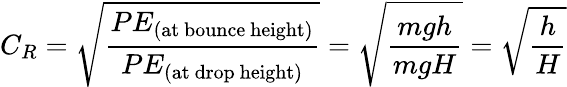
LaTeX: C_{R}={\sqrt{\frac{PE_{\mathrm{(at~bounce~height)}}}{PE_{\mathrm{(at~drop~height)}}}}}={\sqrt{\frac{mgh}{mgH}}}={\sqrt{\frac{h}{H}}}